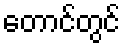
တောင်တွင်